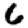
Digit: 6